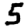
Digit: 5